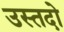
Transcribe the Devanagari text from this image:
उस्तदो